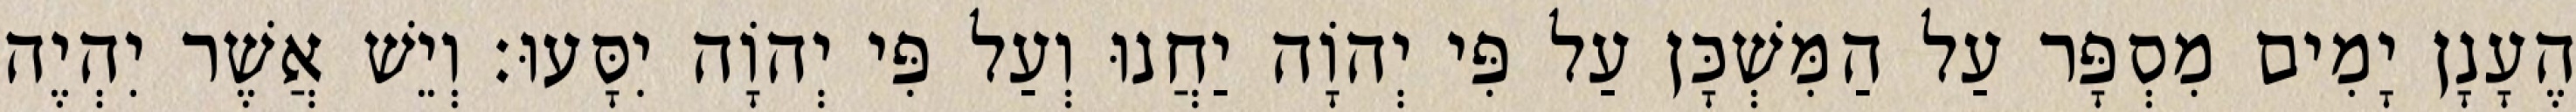
הֶעָנָן יָמִים מִסְפָּר עַל הַמִּשְׁכָּן עַל פִּי יְהוָֹה יַחֲנוּ וְעַל פִּי יְהוָֹה יִסָּעוּ׃ וְיֵשׁ אֲשֶׁר יִהְיֶה